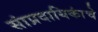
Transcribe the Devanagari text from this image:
सांप्रदायिकांचे